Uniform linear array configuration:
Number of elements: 4
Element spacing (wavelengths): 1
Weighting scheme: blackman
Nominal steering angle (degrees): -30
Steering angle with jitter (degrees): -28.009
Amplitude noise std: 0.05
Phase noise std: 0.05

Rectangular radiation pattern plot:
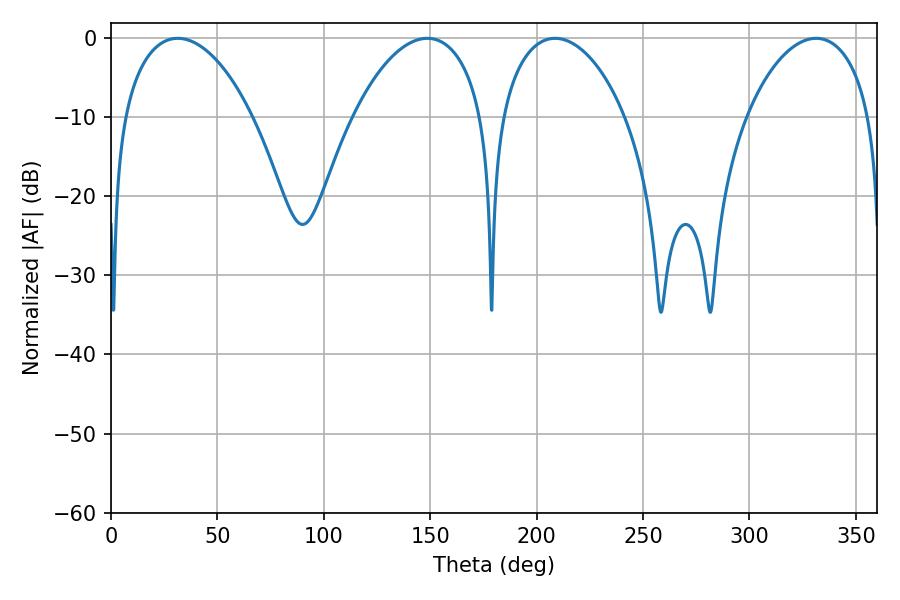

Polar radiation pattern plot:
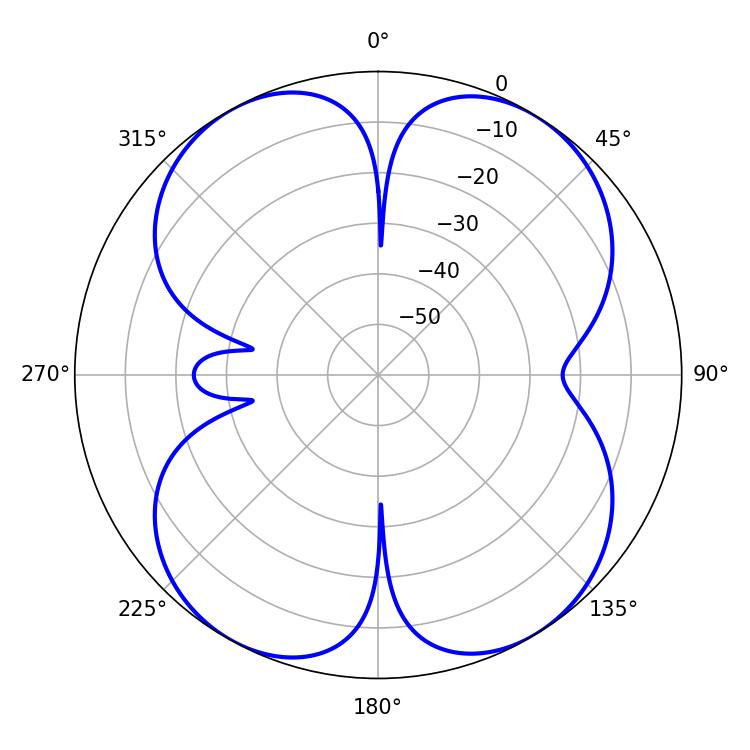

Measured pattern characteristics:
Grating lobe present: TRUE
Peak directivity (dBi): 13.714
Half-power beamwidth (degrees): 34.38
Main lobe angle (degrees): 148.68